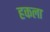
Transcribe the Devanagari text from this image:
हकला